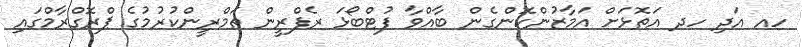
ހއ އަދި ހދ އަތޮޅަށް އަމާޒުންކޮންގެން ބާއްވާ ފުޓްބޯޅަ ރެފްރީން ތަމްރީންކުރުމުގެ ޕްރޮގްރާމްގައި